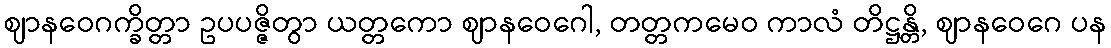
ဈာနဝေဂက္ခိတ္တာ ဥပပဇ္ဇိတွာ ယတ္တကော ဈာနဝေဂေါ, တတ္တကမေဝ ကာလံ တိဋ္ဌန္တိ, ဈာနဝေဂေ ပန